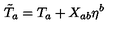
\tilde { T } _ { a } = T _ { a } + X _ { a b } \eta ^ { b }